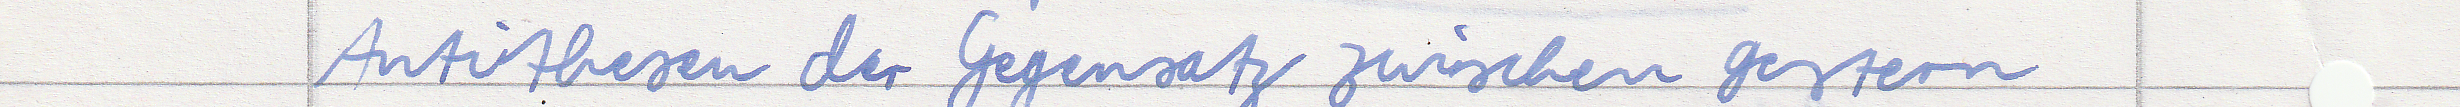
Antithesen der Gegensatz zwischen gestern